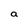
Character: a